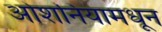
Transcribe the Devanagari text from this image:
ओशनियामधून